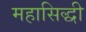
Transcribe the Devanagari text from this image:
महासिद्धी